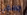
جسمي